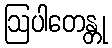
ဩပါတေန္တု